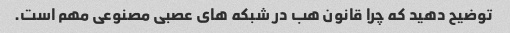
توضیح دهید که چرا قانون هب در شبکه های عصبی مصنوعی مهم است.